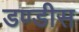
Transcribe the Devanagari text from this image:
डण्डीस